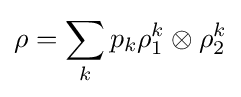
\rho =\sum _{k}p_{k}\rho _{1}^{k}\otimes \rho _{2}^{k}